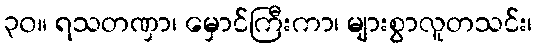
၃၀။ ရသတဏှာ၊ မှောင်ကြီးကာ၊ များစွာလူတသင်း၊